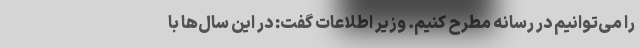
را می‌توانیم در رسانه مطرح کنیم. وزیر اطلاعات گفت: در این سال‌ها با